Problem: 4 × 6 = ?
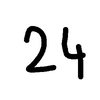
Handwritten answer: 24